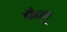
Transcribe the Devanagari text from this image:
फैलू